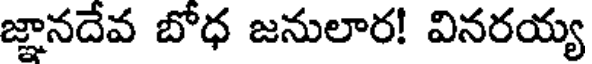
జ్ఞానదేవ బోధ జనులార! వినరయ్య